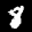
Label: 8